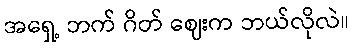
အရှေ့ ဘက် ဂိတ် ဈေးက ဘယ်လိုလဲ။